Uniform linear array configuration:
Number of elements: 24
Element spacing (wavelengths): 0.75
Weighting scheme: binomial
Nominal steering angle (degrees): -45
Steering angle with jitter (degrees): -43.335
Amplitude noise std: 0.05
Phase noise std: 0.05

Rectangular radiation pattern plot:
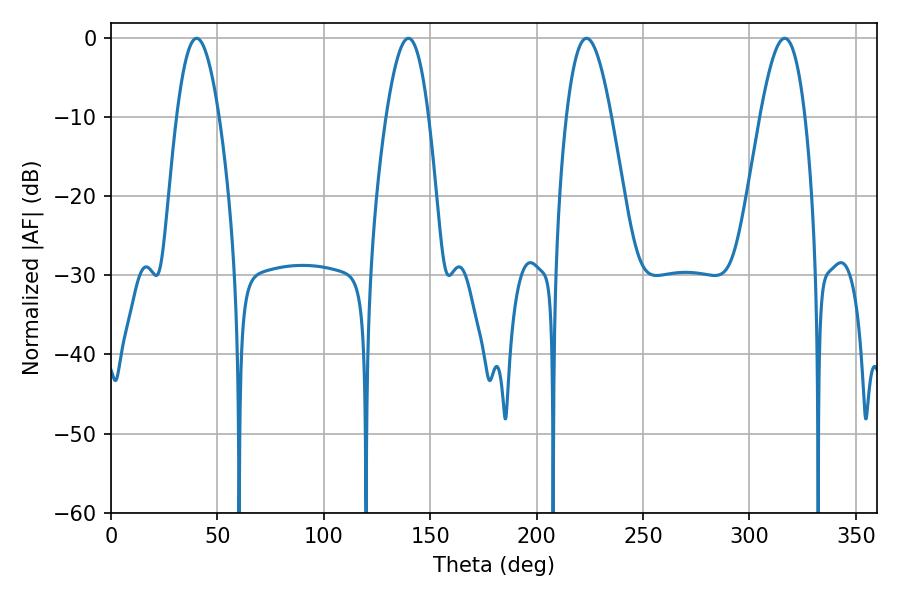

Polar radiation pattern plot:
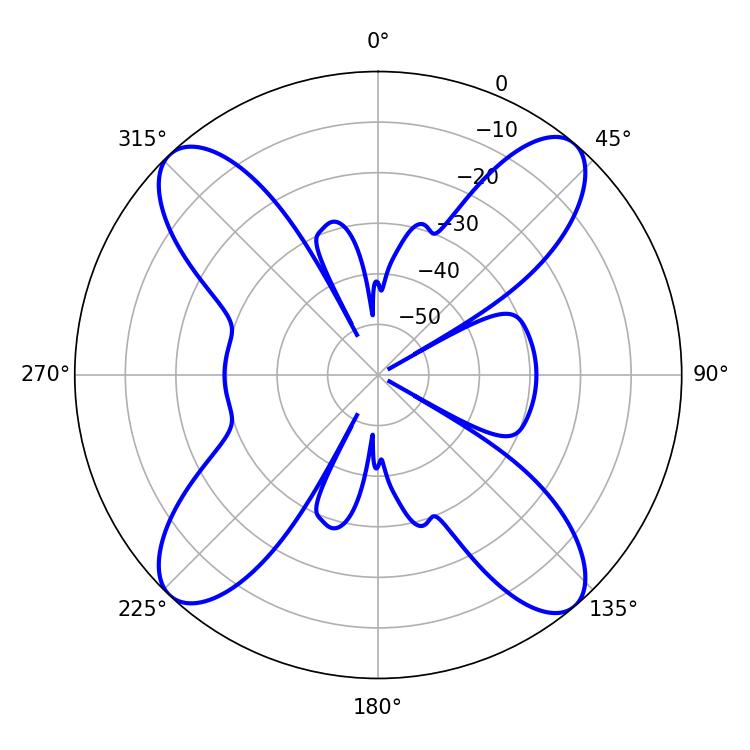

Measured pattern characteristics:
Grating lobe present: TRUE
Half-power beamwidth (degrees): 11.52
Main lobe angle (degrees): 316.62